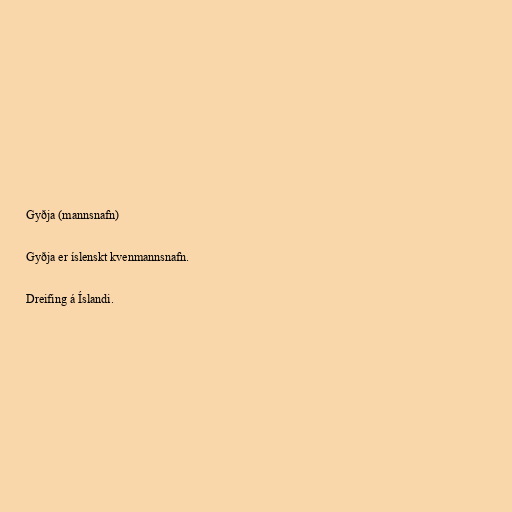
Gyðja (mannsnafn)

Gyðja er íslenskt kvenmannsnafn.

Dreifing á Íslandi.